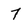
Character: 7